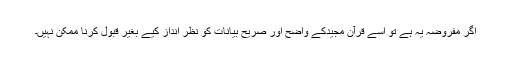
اگر مفروضہ یہ ہے تو اسے قرآن مجیدکے واضح اور صریح بیانات کو نظر انداز کیے بغیر قبول کرنا ممکن نہیں۔